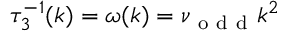
\tau _ { 3 } ^ { - 1 } ( k ) = \omega ( k ) = \nu _ { \mathrm { ~ o ~ d ~ d ~ } } k ^ { 2 }